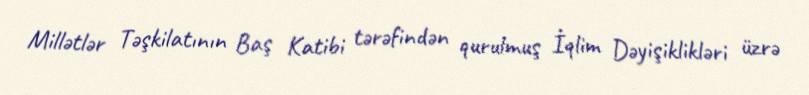
Millətlər Təşkilatının Baş Katibi tərəfindən qurulmuş İqlim Dəyişiklikləri üzrə